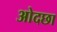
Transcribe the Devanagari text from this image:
ओदछा